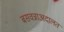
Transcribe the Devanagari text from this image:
बसवन्नाअदालत